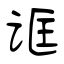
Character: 诓